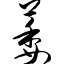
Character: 萎